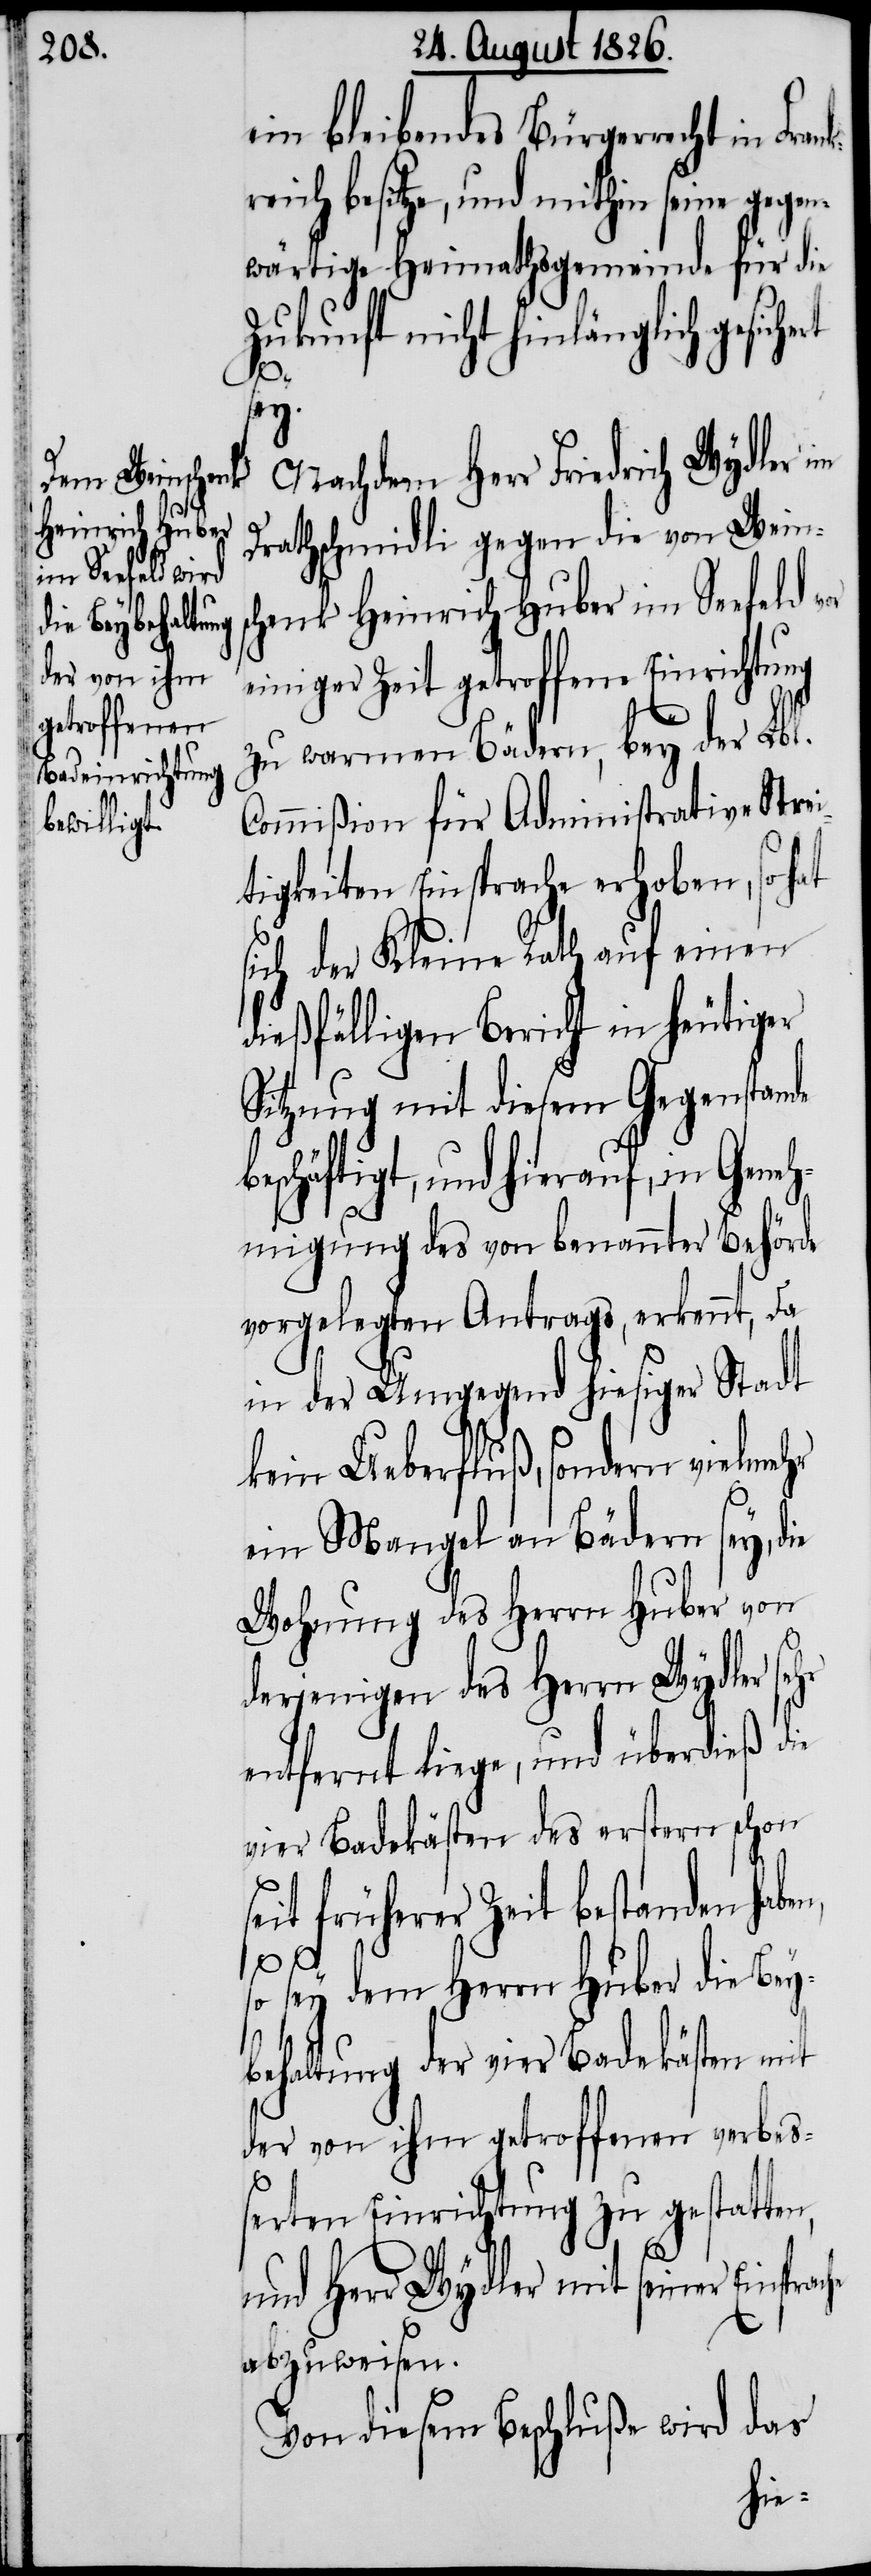
ein bleibendes Bürgerrecht in Fran¬
reich besitze, und mithin seine gegen¬
wärtige Heimathsgemeinde für die
Zukunft nicht hinlänglich gesich¬
Gene¬
Nachdem Herr Friedrich Wydler im
Drathschmidli gegen die von Wein¬
henk Heinrich Huber im Seefeld v¬
einiger Zeit getroffene Einrichtung
zu warmen Bädern, bey der Lbl.
Commißion für Administrative Strei¬
tigkeiten Einsprache erhoben, so hat
sich der Kleine Rath auf einen
dießfälligen Bericht in heutiger
Sitzung mit diesem Gegenstande
chäftigt, und hierauf, in
hmigung des von benannter Behörde
vorgelegten Antrags, erkennt, da
in der Umgegend hiesiger Stadt
kein Ueberfluß, sondern vielmehr
ein Mangel an Bädern sey, die
Wohnung des Herrn Huber von
derjenigen des Herrn Wydler se¬
entfernt liege, und überdieß die
vier Badekästen des erstern schon
eit früherer Zeit bestanden habe¬
ache
sey dem Herrn Huber die Bey¬
so
behaltung der vier Badekästen mit
der von ihm getroffenen verbe¬
ßerten Einrichtung zu gestatten,
s¬
und Herr Wydler mit seiner Einspr¬
abzuweisen.
Von diesem Beschluße wird das